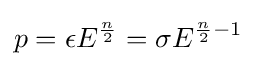
p=\epsilon E^{\frac {n}{2}}=\sigma E^{{\frac {n}{2}}-1}